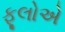
ફૂલોએ